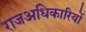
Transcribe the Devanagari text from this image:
राजअधिकारियों